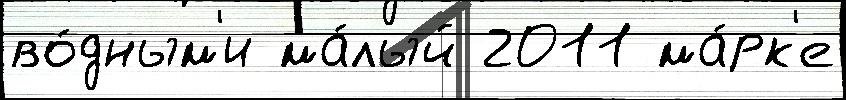
во́дным'и ма́лый 2011 ма́рк'е